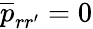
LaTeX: \overline{{p}}_{rr^{\prime}}=0